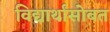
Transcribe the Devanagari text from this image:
विद्यार्थांसोबत